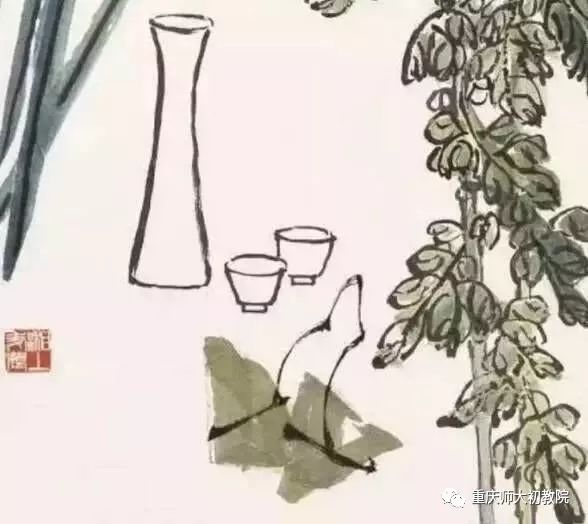
彩线轻缠红玉臂，小符斜挂绿云鬟。佳人相见一千年。